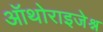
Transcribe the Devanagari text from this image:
ऑथोराइजेश्न